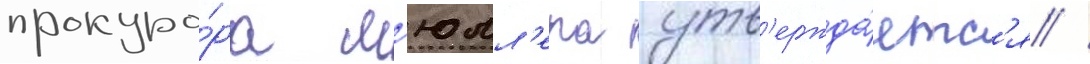
прокуро́ра м'юлл'ера утв'ержда́етс'я /